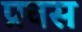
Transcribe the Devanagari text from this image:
प्रवस